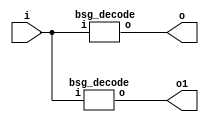


module top
(
  i,
  o,
  o1, // added for decompiling
);

  input [4:0] i;
  output [31:0] o;
  output [31:0] o1; // added for decompiling

  bsg_decode
  wrapper
  (
    .i(i),
    .o(o)
  );

  bsg_decode
  wrapper1
  (
    .i(i),
    .o(o1) // added for decompiling
  );


endmodule



module bsg_decode
(
  i,
  o
);

  input [4:0] i;
  output [31:0] o;
  wire [31:0] o;
  assign o = { 1'b0, 1'b0, 1'b0, 1'b0, 1'b0, 1'b0, 1'b0, 1'b0, 1'b0, 1'b0, 1'b0, 1'b0, 1'b0, 1'b0, 1'b0, 1'b0, 1'b0, 1'b0, 1'b0, 1'b0, 1'b0, 1'b0, 1'b0, 1'b0, 1'b0, 1'b0, 1'b0, 1'b0, 1'b0, 1'b0, 1'b0, 1'b1 } << i;

endmodule